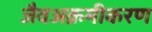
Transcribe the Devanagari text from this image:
जैवअक्रमीकरण